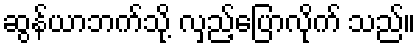
ဆွန်ယာဘက်သို့ လှည့်ပြောလိုက် သည်။